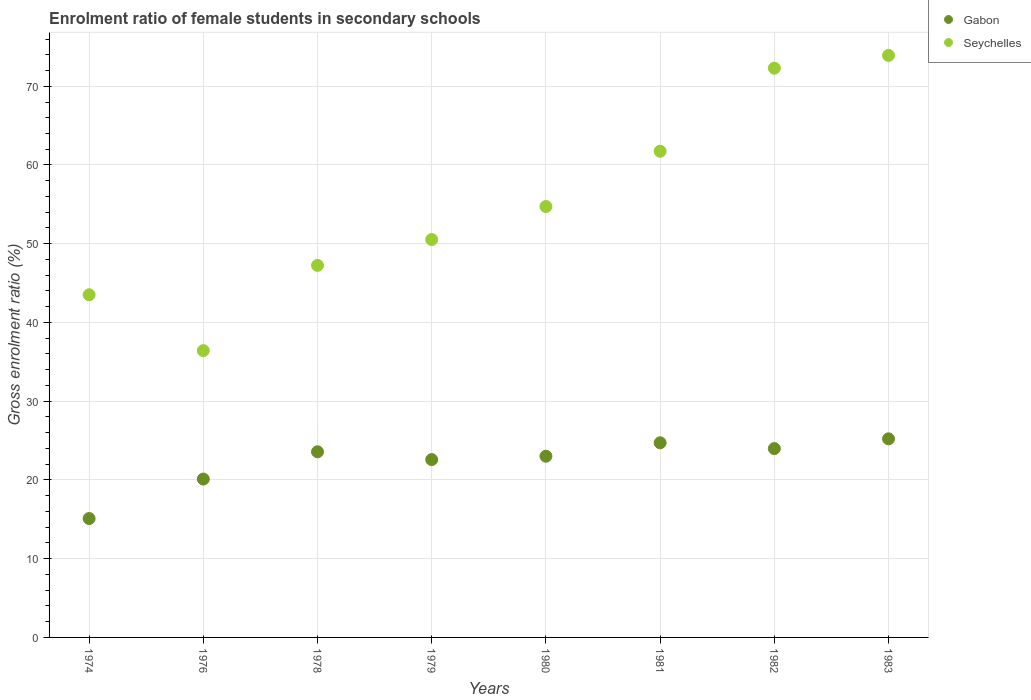
| Years | Gabon | Seychelles |
 | --- | --- | --- |
 | 1974 | 15.1 | 43.5 |
 | 1976 | 20.1 | 36.4 |
 | 1978 | 23.6 | 47.2 |
 | 1979 | 22.6 | 50.5 |
 | 1980 | 23 | 54.7 |
 | 1981 | 24.7 | 61.7 |
 | 1982 | 24 | 72.3 |
 | 1983 | 25.2 | 73.9 |